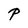
Character: P